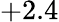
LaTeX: +2.4